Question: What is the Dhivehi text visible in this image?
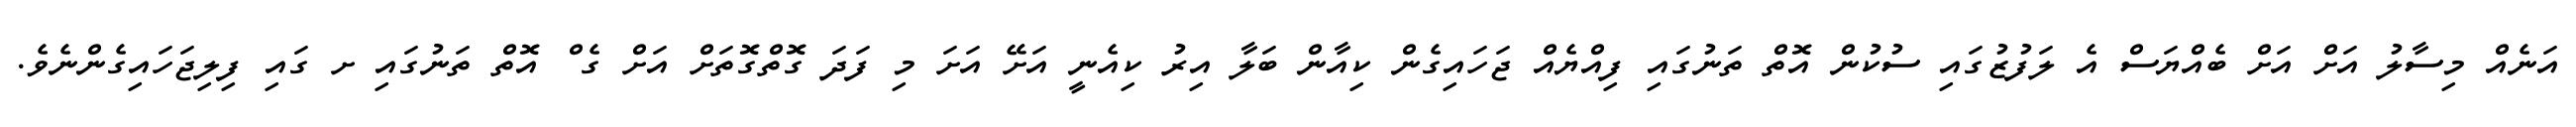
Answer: އަނެއް މިސާލު އަށް އަށް ބެއްޔަސް އެ ލަފުޒުގައި ސުކުން އޮތް ތަނުގައި ފިއްޔެއް ޖަހައިގެން ކިއާން ބަލާ އިރު ކިއެނީ އަށޭ އަށަ މި ފަދަ ގޮތްގޮތަށް އަށް ގެ ް އޮތް ތަނުގައި ށ ގައި ފިލިޖަހައިގެންނެވެ.